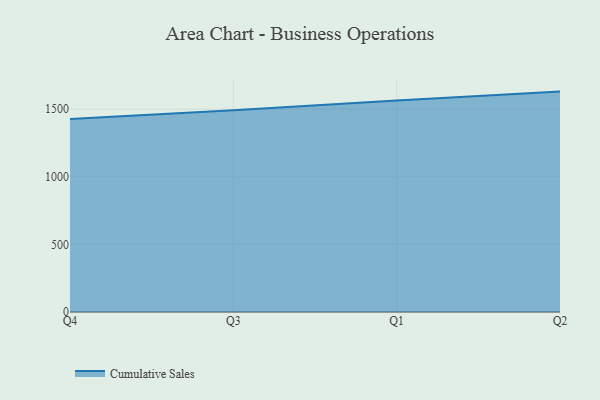
{"axis": {"x": "Quarter", "y": "LTV (USD)"}, "legend": ["Cumulative Sales"], "data": [{"x": "Q4", "y": 1428.1, "type": "Cumulative Sales"}, {"x": "Q3", "y": 1492.3, "type": "Cumulative Sales"}, {"x": "Q1", "y": 1564.9, "type": "Cumulative Sales"}, {"x": "Q2", "y": 1630.4, "type": "Cumulative Sales"}]}